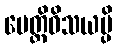
ပေတ္တိဝိသယမ္ပိ